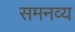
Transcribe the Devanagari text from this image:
समनव्य